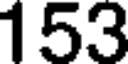
153